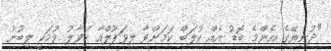
"ދުނިޔޭގެ އެންމެ ބޮޑު އެއް ކުލަބް ކަމަށްވާ ލިވަޕޫލްއާ ހަވާލު ވުމަކީ ލިބުނު